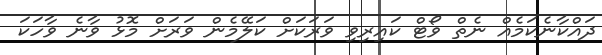
ދައްކާނެކަމެއް ނެތް ވޯޓް ކައިރިވި ވަރަކަށް ކަލޭމެން ވަރަށް މޮޅު ވާނެ ވާހަކަ